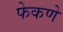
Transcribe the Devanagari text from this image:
फेकणे